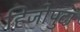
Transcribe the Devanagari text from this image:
हिजोपुटा